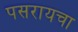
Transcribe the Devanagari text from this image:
पसरायचा